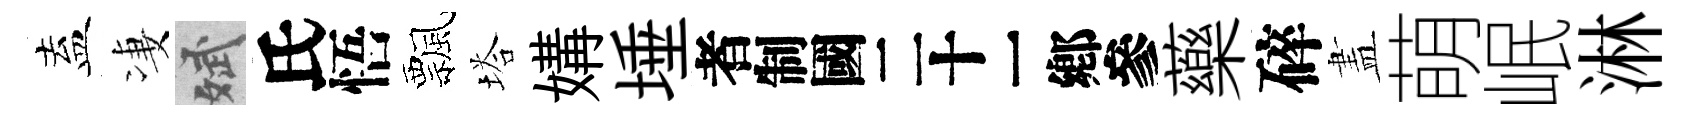
盍凄斌氏悟飄塔媾埵识藥碎𥁞萌岷淋